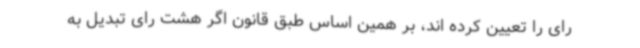
رای را تعیین کرده اند، بر همین اساس طبق قانون اگر هشت رای تبدیل به